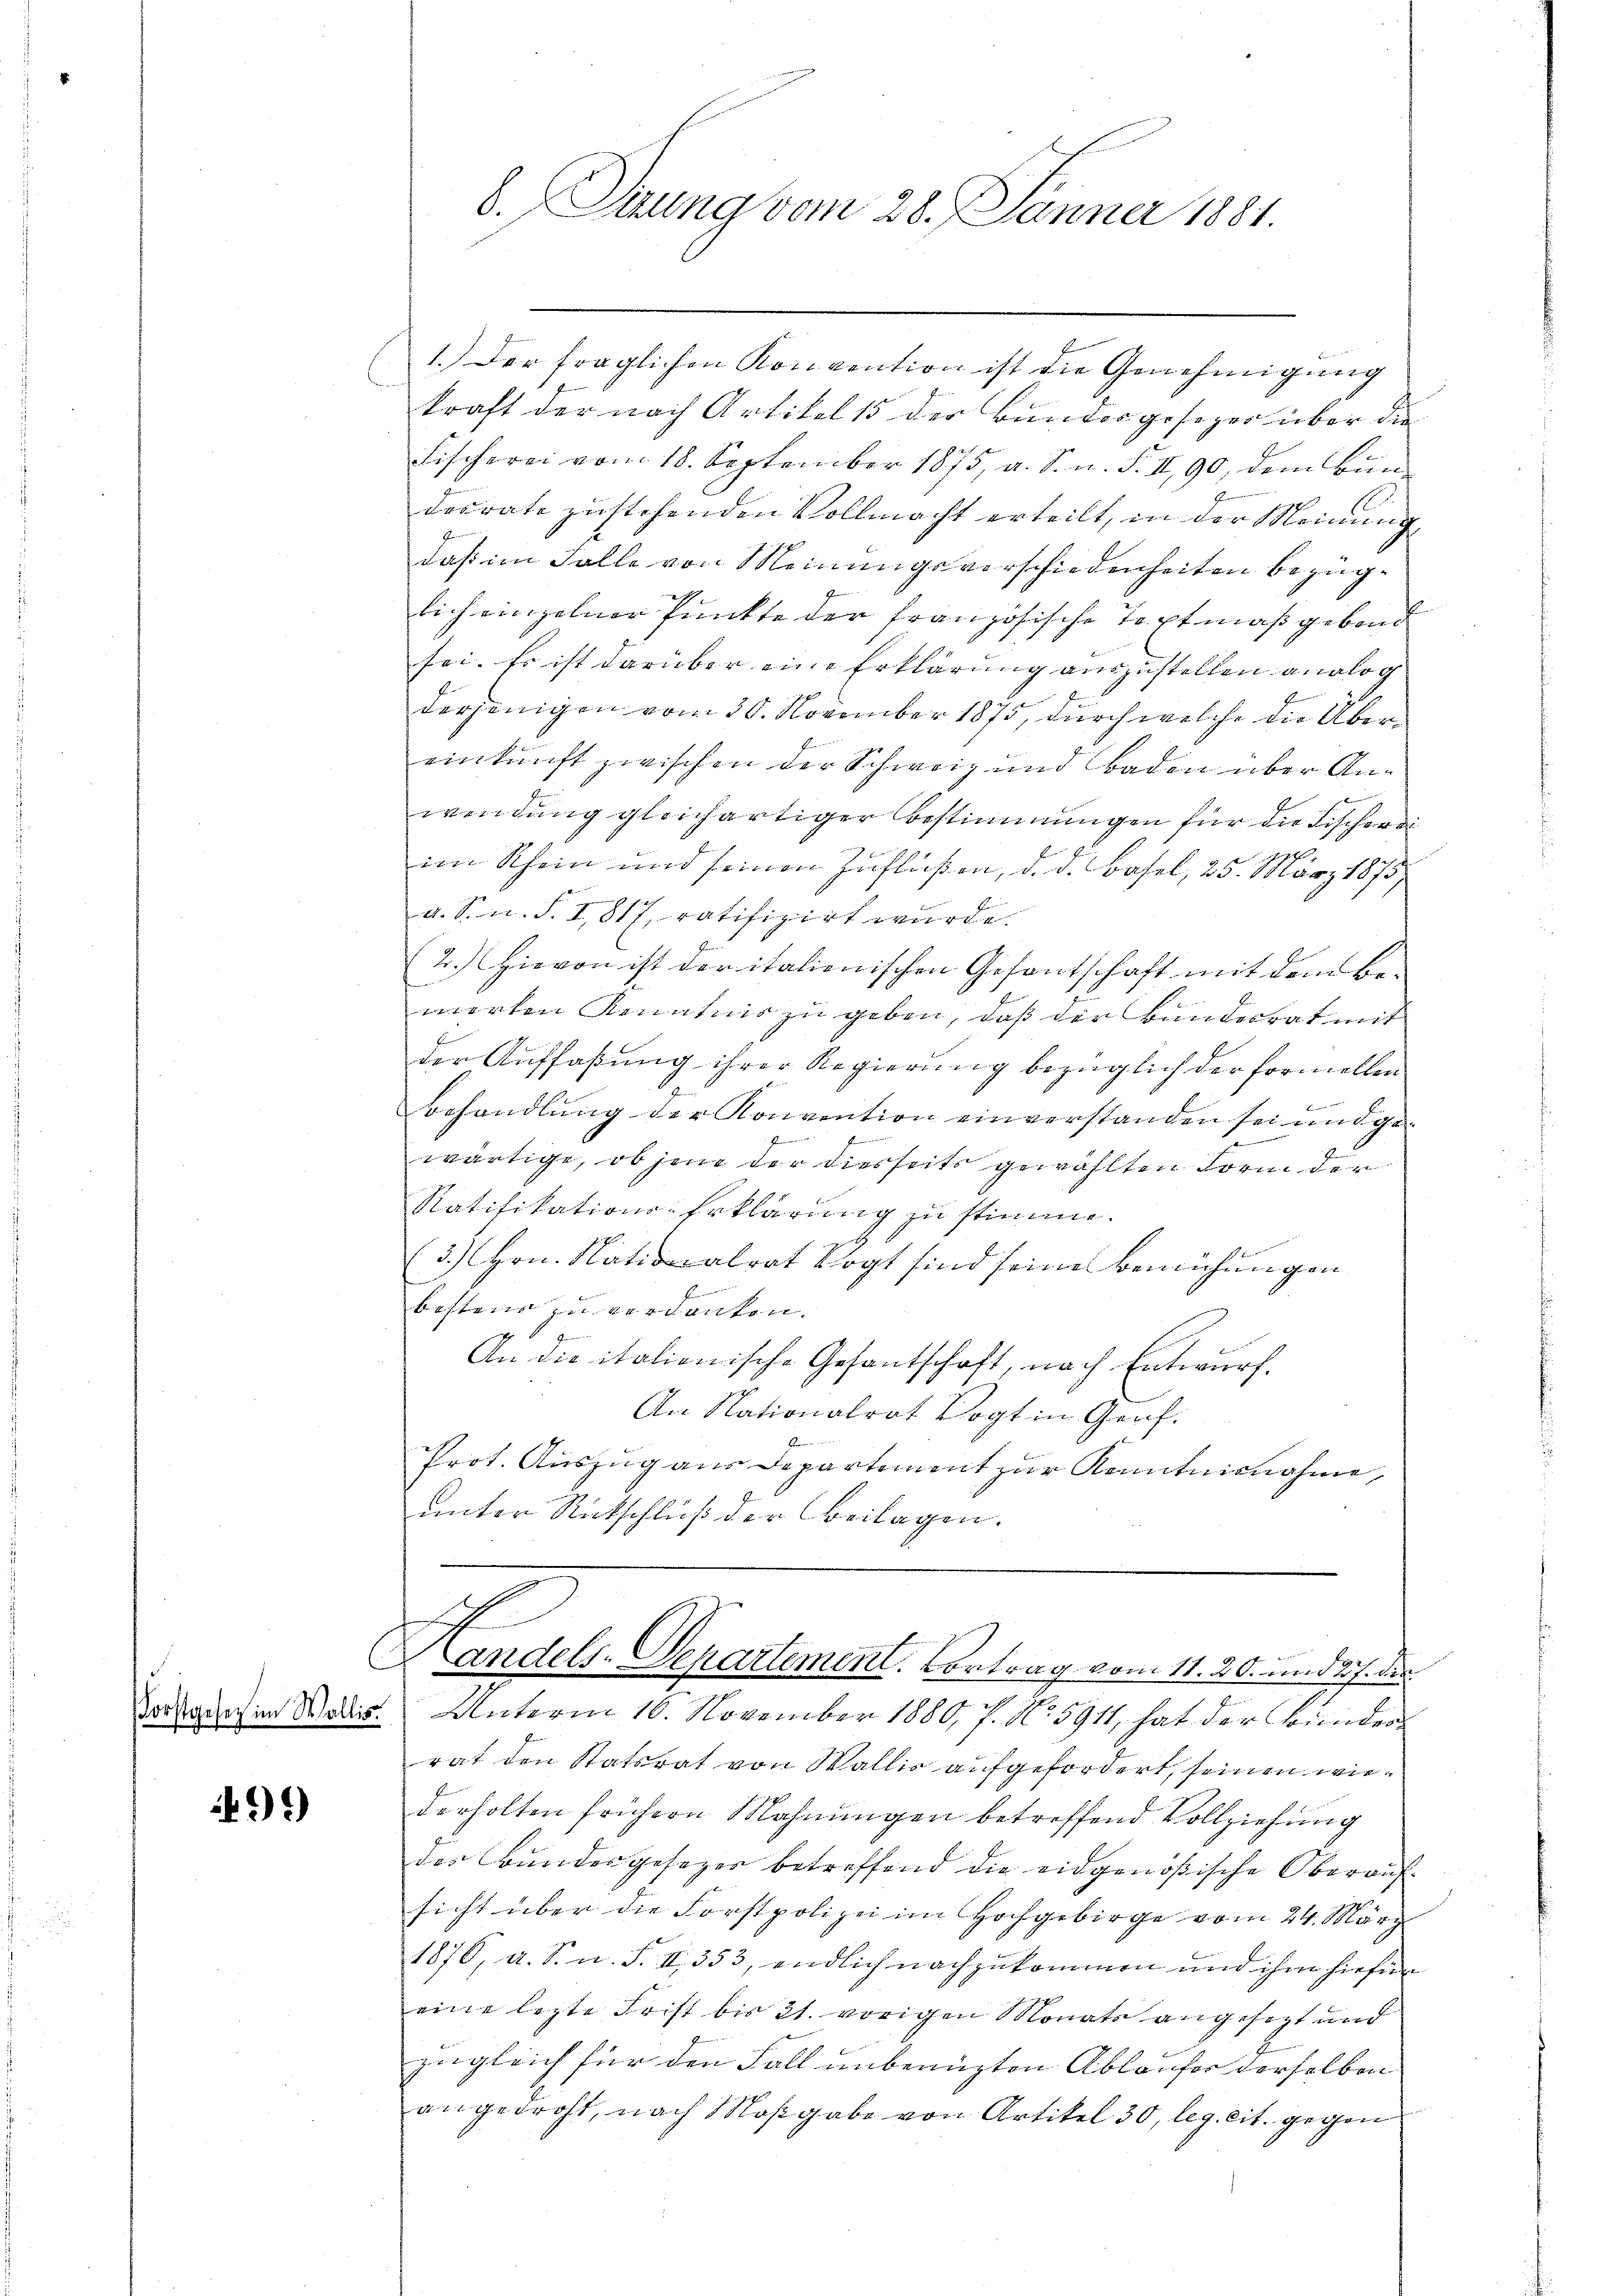
Forstgesetz im Wallis

491)

d.Duung vom 28. Jänner 1881.

1.) Der fraglichen Konvention ist die Genehmigung
kraft der nach Artikel 15 der Bundesgesezer über die
Fischerei vom 18. September 1875, a. S. n. F. II, 90, dem Bundesrate zustehenden Vollmacht erteilt, in der Meinung
daß im Falle von Meinungsverschiedenheiten bezüglich einzelner Punkte der französische Taptmaßgebend
sei. Es ist darüber eine Erklärung auszustellen analog
derjenigen vom 30. November 1875, durch welche die Übereinkunft zwischen der Schweiz und Baden über Anwendung gleichartiger Bestimmungen für die Fischerei
im Rhein und seinen Zuflüßen, d. d. Basel, 25. März 1875
a. S. n. F. I, 817, ratifizirt wurde.
2.) Hievon ist der italienischen Gesantschaft mit dem Bewerten Kenntnis zu geben, daß der Bundesrat mit
der Auffaßung ihrer Regierung bezüglich der formellen
Behandlung der Konvention einverstanden sei und gee
wärtige, ob jene der diesseits gewählten Form der
Ratifikations-Erklärung zu stimme.
(3.) Hrn. Nationalrat Vogt sind seine Bemühungen
bostens zu verdanken.
An die italienische Gesantschaft, nach Entwurf.
An Nationalrat Vogt in Genf.
Dem
Prot. Auszug aus Departiment zur Kenntnisnahme,
unter Rückschluß der Beilagen.

Handels-Departement. Vortrag vom 11. 20. und 27. die
 Unterm 16. November 1880, 7. No. 5911, hat der Bunder

rat den Statsrat von Wallis aufgefordert, seinen wiederholten frühern Mahnungen betreffend Vollziehung
des Bundesgesezes betreffend die eidgenößische Oberaufsicht über die Forstpolizei im Hochgebirge vom 24. März
1876, a. S. n. F. II 353, endlich nachzukommen und ihm hiefür
eine lezte Frist bis 21. vorigen Monats angesezt und
zugleich für den Fall unbenuzten Ablaufer derselben
angedroht, nach Maßgabe von Artikel 30, leg. cit. gegen